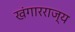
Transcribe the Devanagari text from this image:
खंगारराज्य